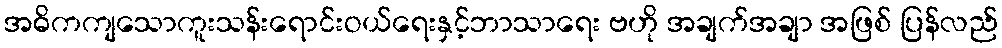
အဓိကကျသောကူးသန်းရောင်းဝယ်ရေးနှင့်ဘာသာရေး ဗဟို အချက်အချာ အဖြစ် ပြန်လည်